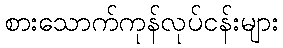
စားသောက်ကုန်လုပ်ငန်းများ